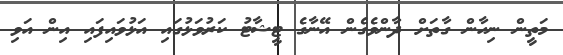
މަތީން ނިހާން ގާތަށް ދާންވެގެން އޭނާގެ ޓީޝާޓު ކަރުވަޅުގައި އަޅުވައިފައި އިން އަވި